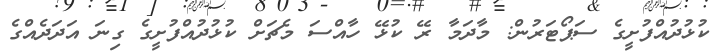
ކުޅުދުއްފުށީގެ ސަޕޯޓަރުން: މާދަމާ ރޭ ކުޅޭ ހާއްސަ މެޗަށް ކުޅުދުއްފުށީގެ ގިނަ އަދަދެއްގެ